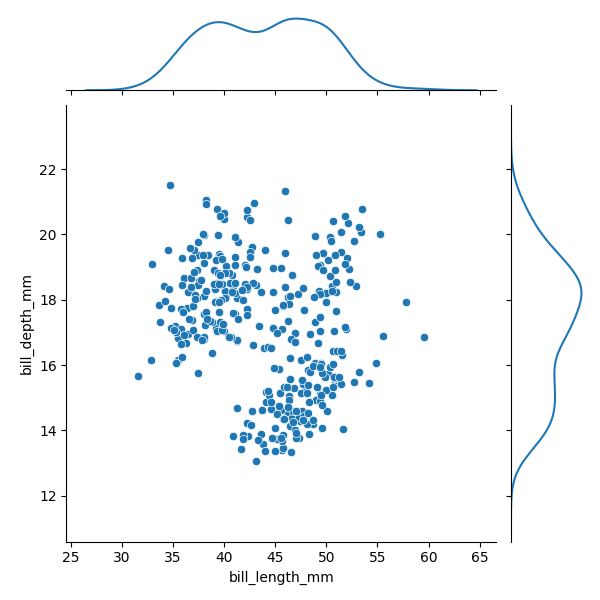
python, seaborn, JointGrid, scatterplot, kdeplot